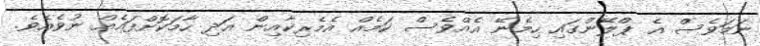
ނަމަވެސް އެ ޕްލޭންގައި ހިމެނޭ އެއްވެސް ކަމެއް އެމެރިކާއިން އަދި ހާމަކޮށްފައެއް ނުވެއެވެ.